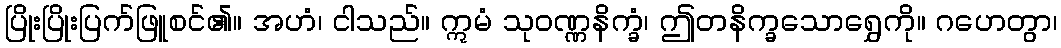
ပြိုးပြိုးပြက်ဖြူစင်၏။ အဟံ၊ ငါသည်။ ဣမံ သုဝဏ္ဏနိက္ခံ၊ ဤတနိက္ခသောရွှေကို။ ဂဟေတွာ၊